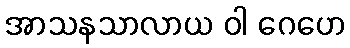
အာသနသာလာယ ဝါ ဂေဟေ